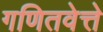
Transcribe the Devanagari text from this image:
गणितवेत्ते